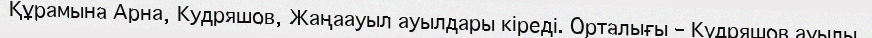
Құрамына Арна, Кудряшов, Жаңаауыл ауылдары кіреді. Орталығы – Кудряшов ауылы.